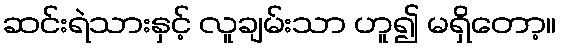
ဆင်းရဲသားနှင့် လူချမ်းသာ ဟူ၍ မရှိတော့။